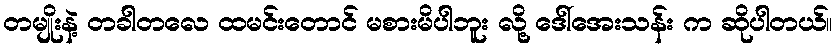
တမျိုးနဲ့ တခါတလေ ထမင်းတောင် မစားမိပါဘူး လို့ ဒေါ်အေးသန်း က ဆိုပါတယ်။